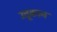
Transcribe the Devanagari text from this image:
उत्तूकान